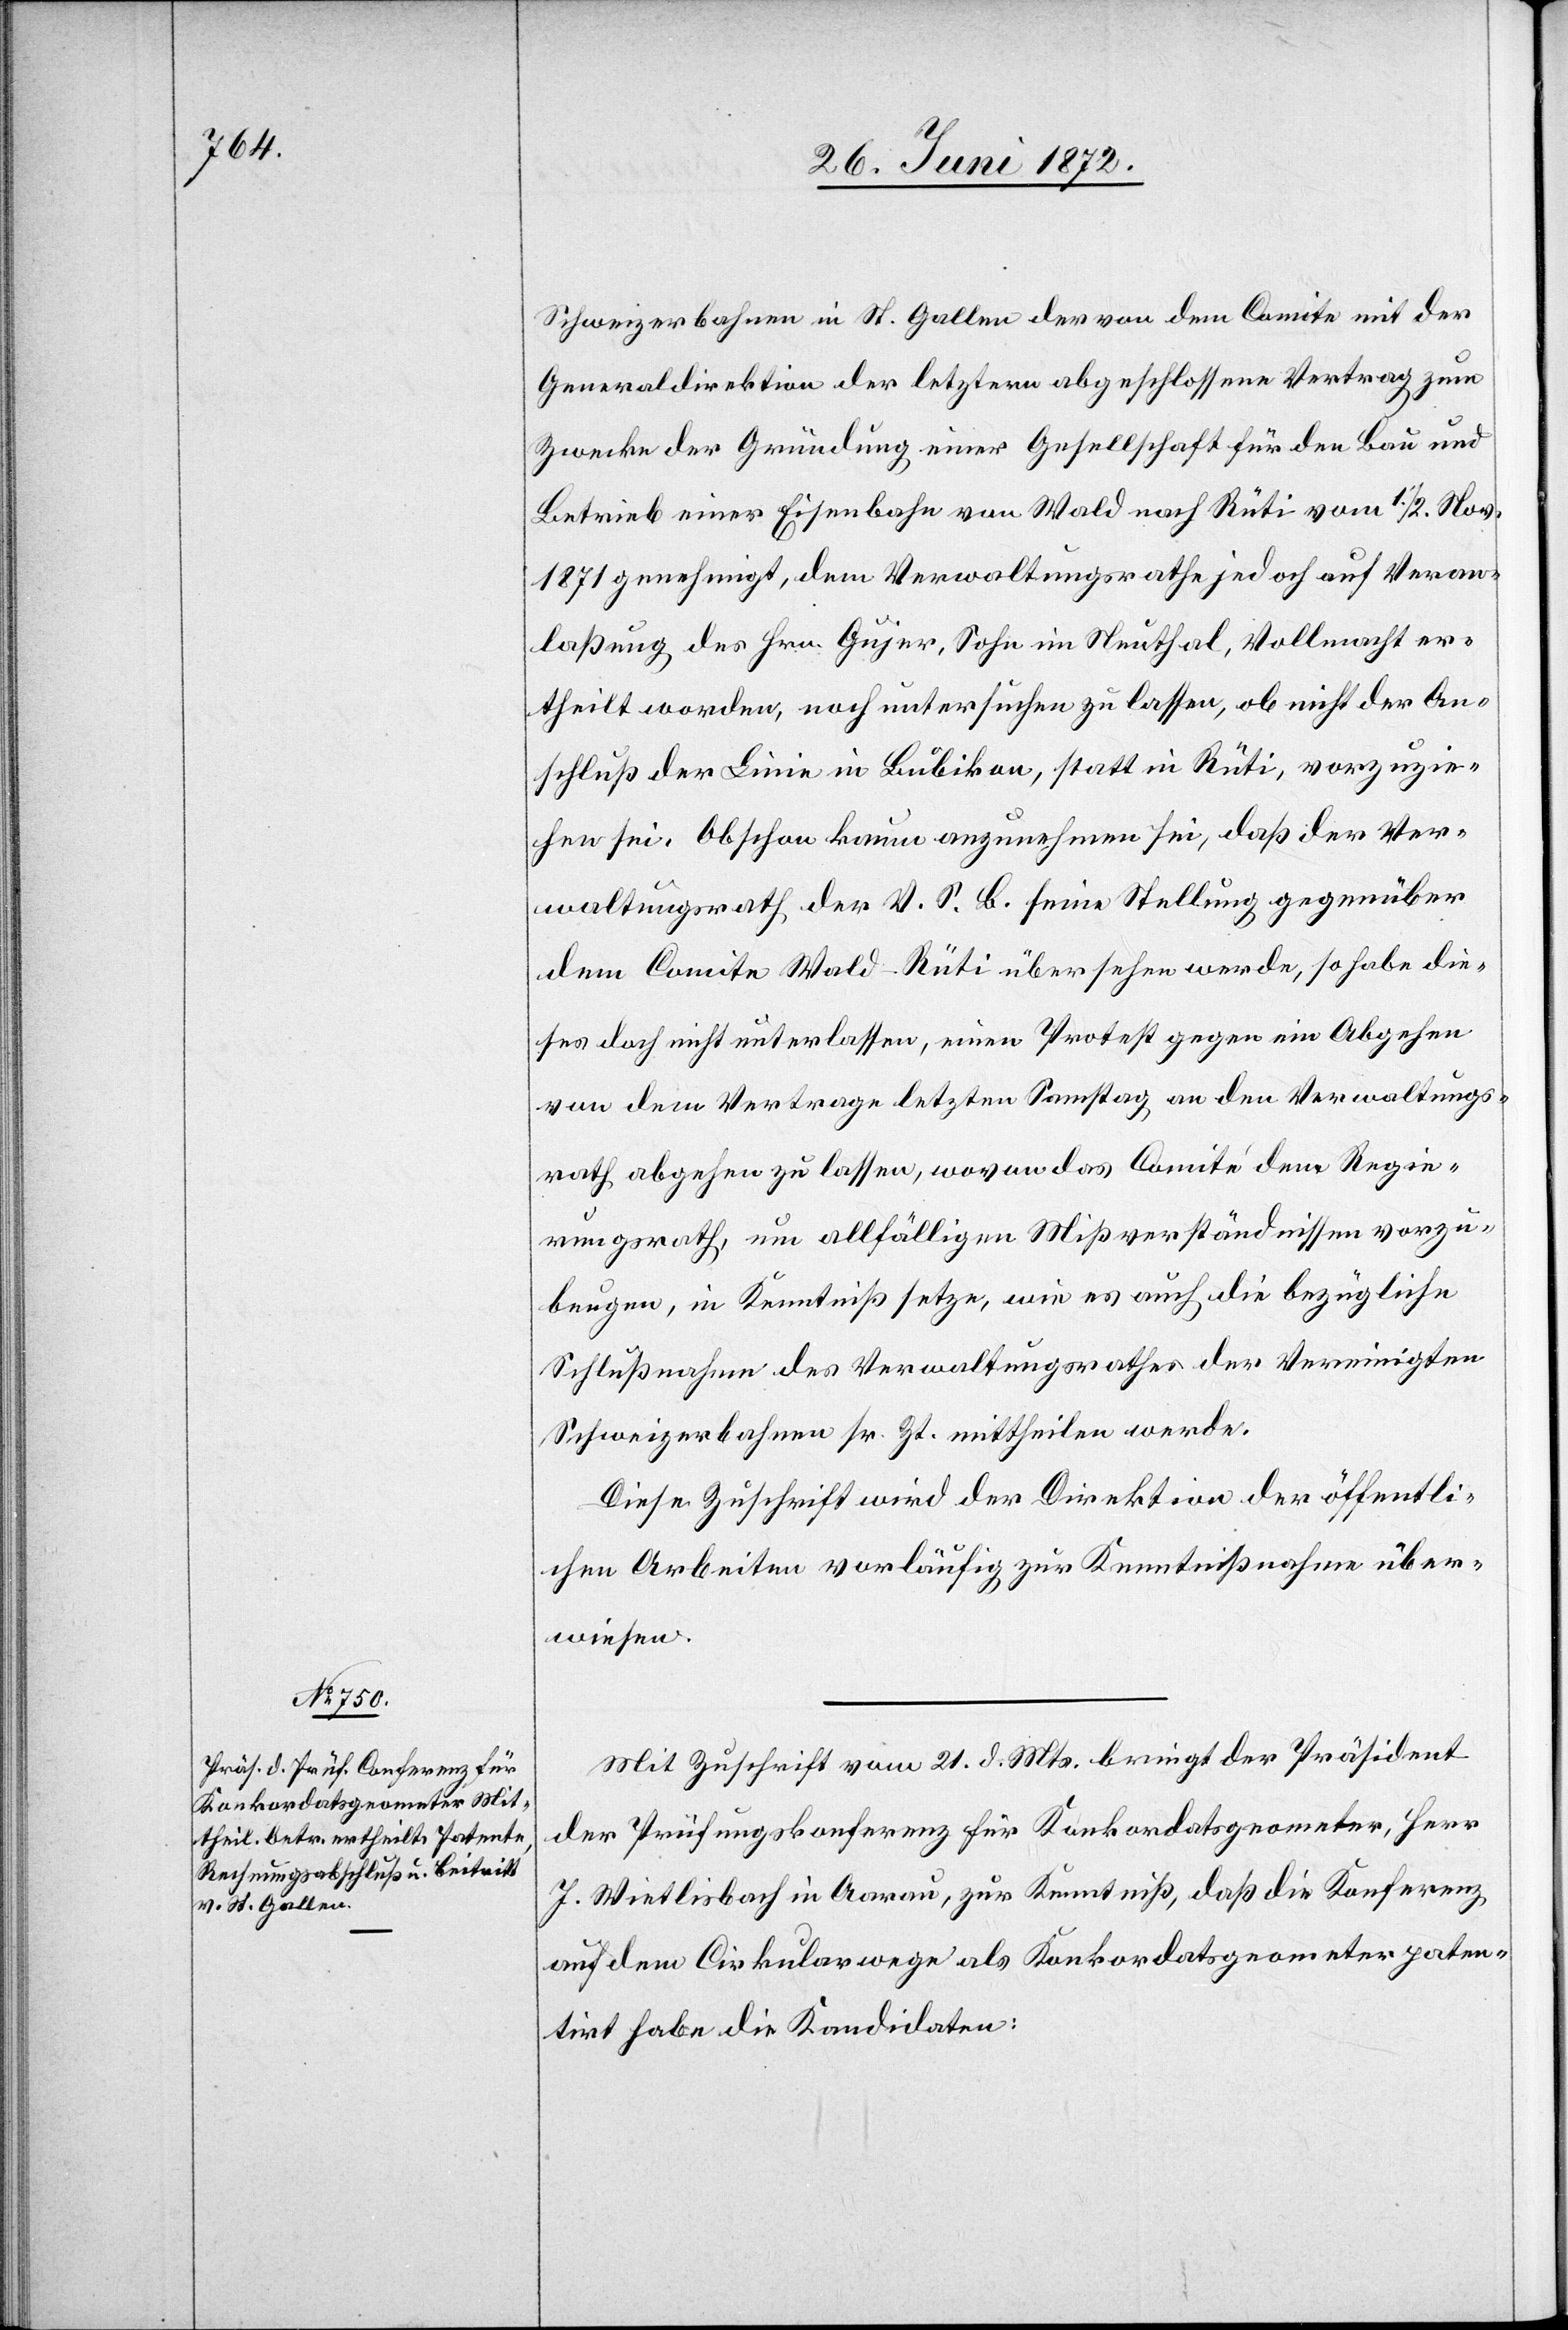
Schweizerbahnen in St. Gallen der von dem Comite mit der
Generaldirektion der letztern abgeschlossene Vertrag zum
Zwecke der Gründung einer Gesellschaft für den Bau und
Betrieb einer Eisenbahn von Wald nach Rüti vom 1./2. Nov.
1871 genehmigt, dem Verwaltungsrathe jedoch auf Veran¬
laßung des Hrn. Gujer, Sohn im Neuthal, Vollmacht er¬
theilt worden, noch untersuchen zu lassen, ob nicht der An¬
schluß der Linie in Bubikon, statt in Rüti, vorzuzie¬
hen sei. Obschon kaum anzunehmen sei, daß der Ver¬
waltungsrath der V. S. B. seine Stellung gegenüber
dem Comite Wald–Rüti übersehen werde, so habe die¬
ses doch nicht unterlassen, einen Protest gegen ein Abgehen
von dem Vertrage letzten Samstag an den Verwaltungs¬
rath abgehen zu lassen, wovon das Comité dem Regie¬
rungsrath, um allfälligen Mißverständnissen vorzu¬
beugen, in Kenntniß setze, wie es auch die bezügliche
Schlußnahme des Verwaltungsrathes der Vereinigten
Schweizerbahnen sr. Zt. mittheilen werde.
Diese Zuschrift wird der Direktion der öffentli¬
chen Arbeiten vorläufig zur Kenntnißnahme über¬
wiesen.
Mit Zuschrift vom 21. d. Mts. bringt der Präsident
der Prüfungskonferenz für Konkordatsgeometer, Herr
J. Wietlisbach in Aarau, zur Kenntniß, daß die Konferenz
auf dem Cirkularwege als Konkordatsgeometer paten¬
tirt habe die Kandidaten: